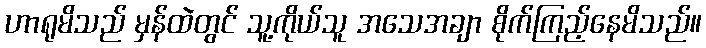
ဟာရုမိသည် မှန်ထဲတွင် သူ့ကိုယ်သူ အသေအချာ စိုက်ကြည့်နေမိသည်။